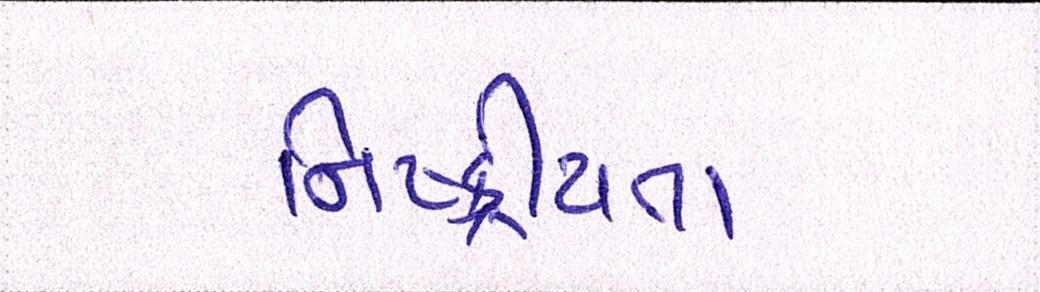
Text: નિષ્ક્રીયતા